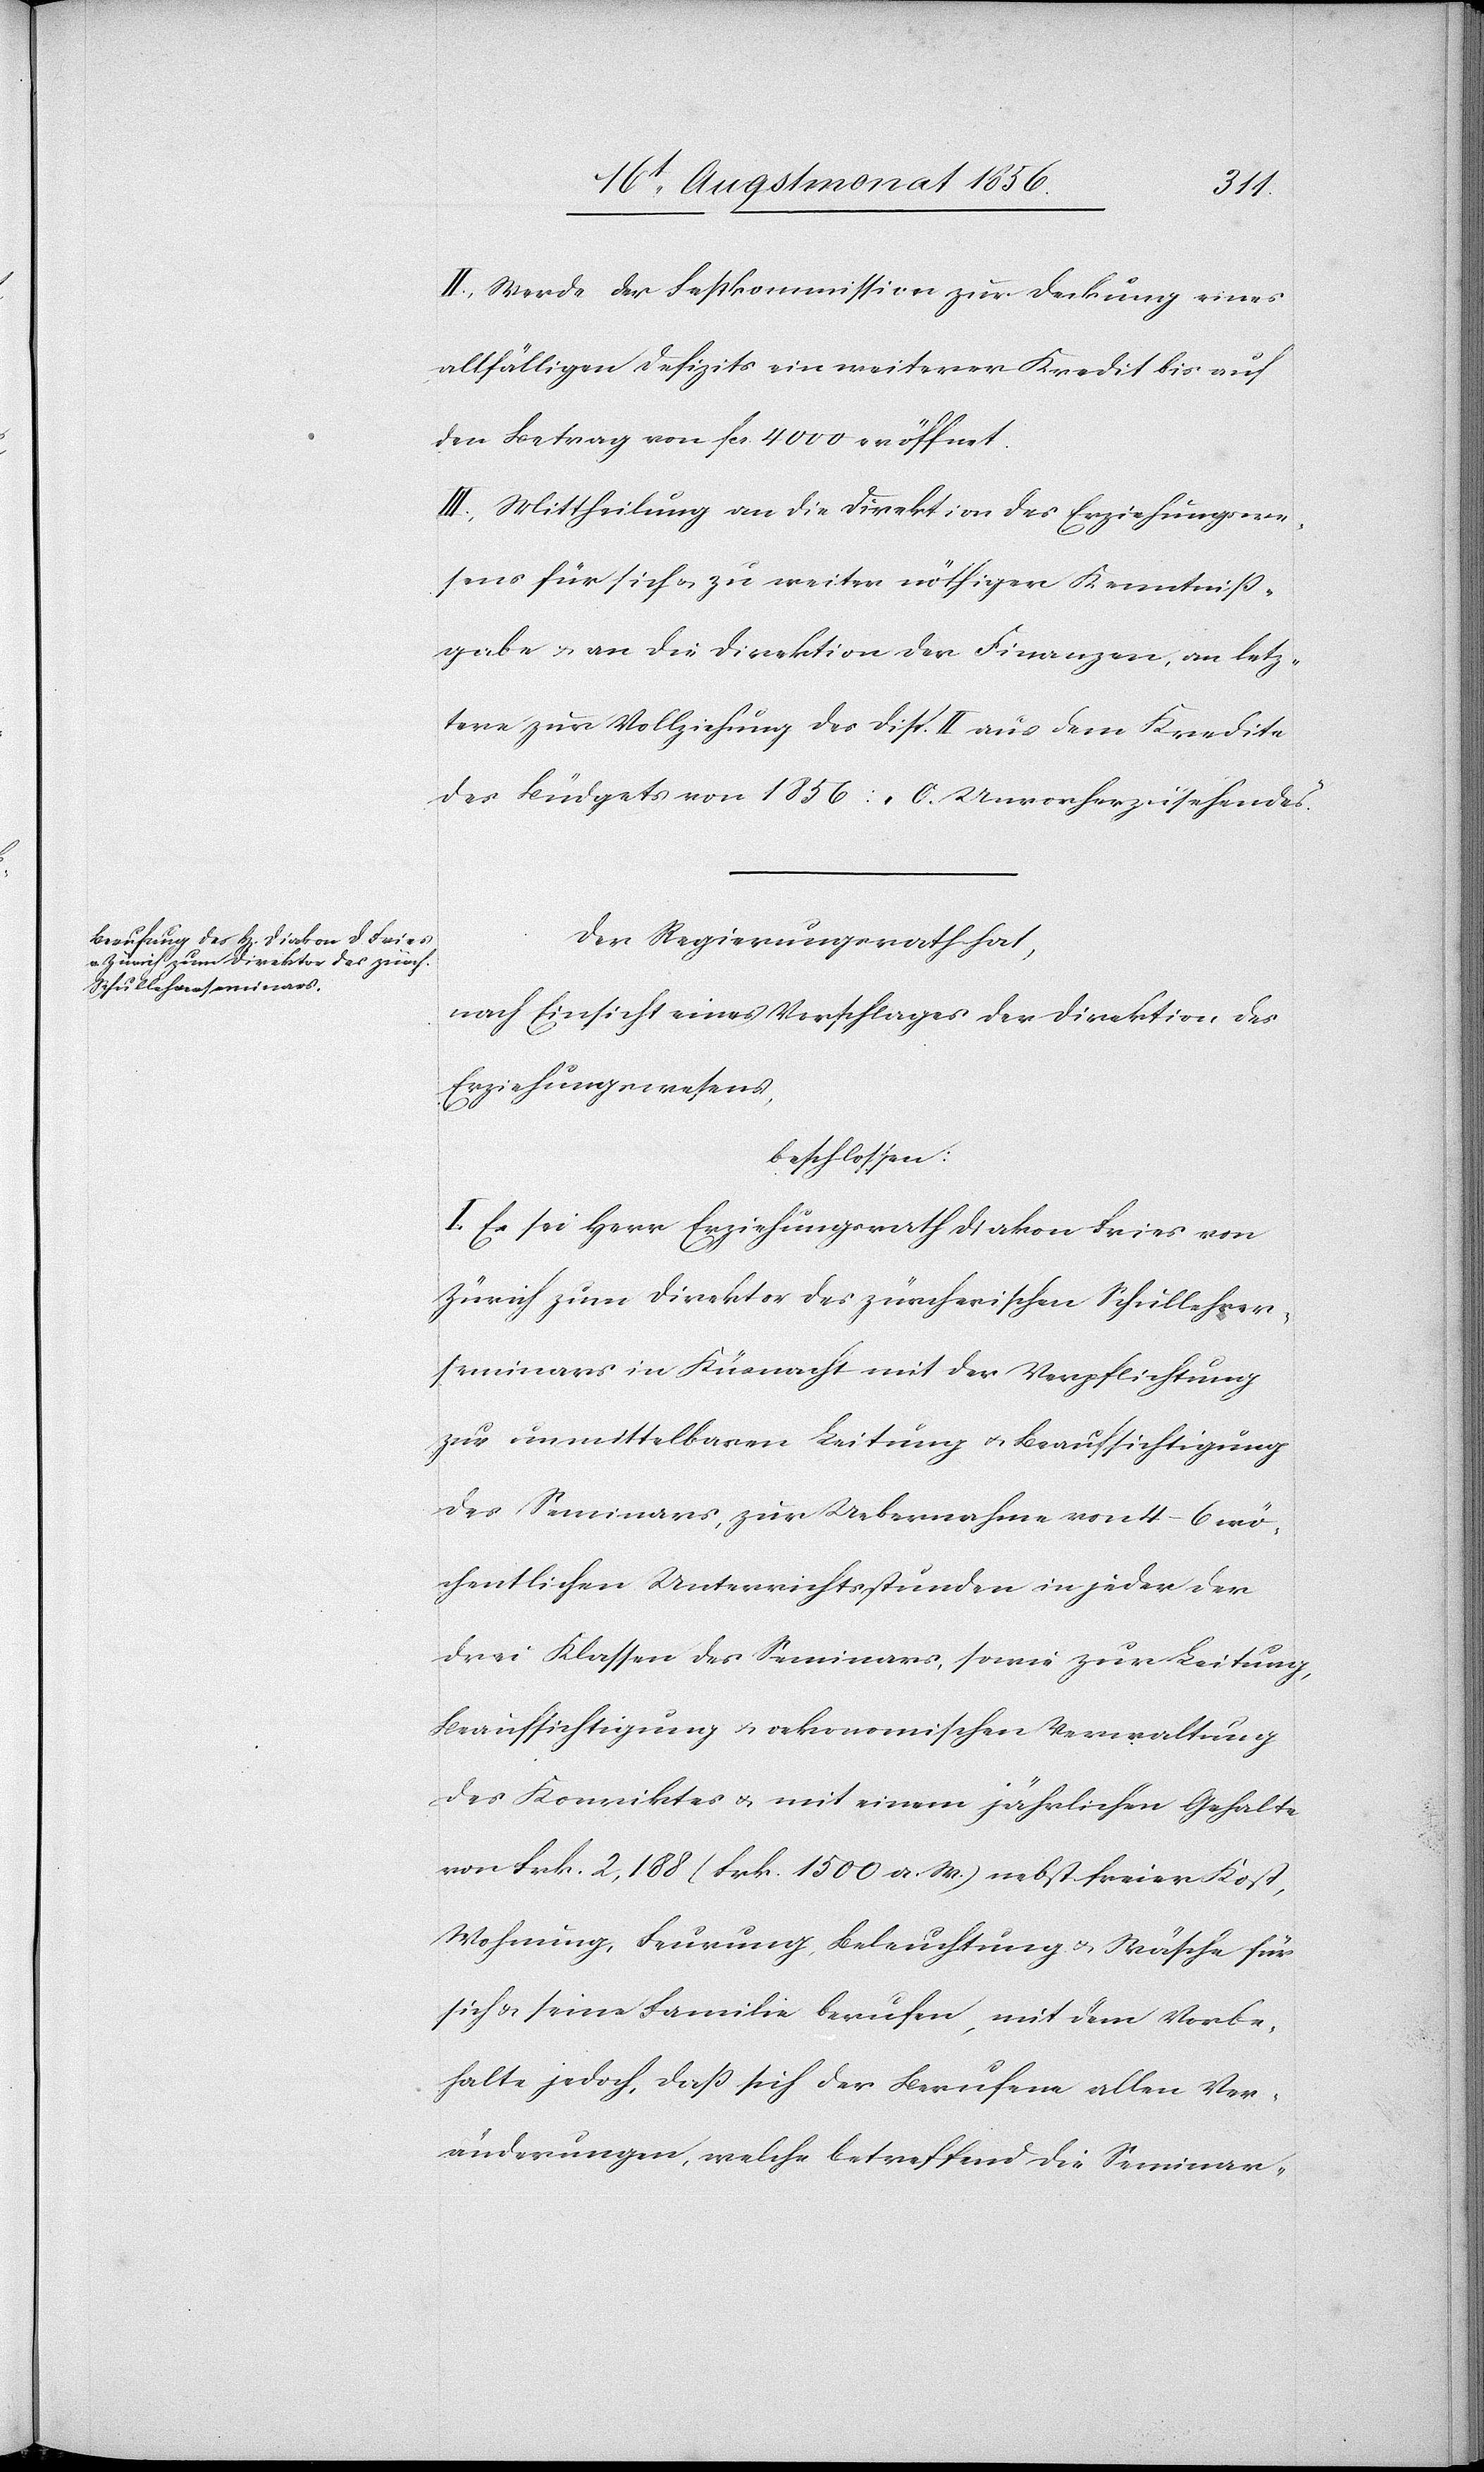
II.) Werde der Festkommission zur Deckung eines
allfälligen Defizits ein weiterer Kredit bis auf
den Betrag von fcs. 4000 eröffnet.
III.) Mittheilung an die Direktion des Erziehungswe¬
sens für sich u. zu weiter nöthiger Kenntniss¬
gabe u. an die Direktion der Finanzen, an letz¬
tere zur Vollziehung des Disp. II aus dem Kredite
des Büdgets von 1856: „[?C]. Unvorherzusehendes.”
Der Regierungsrath hat,
nach Einsicht eines Antrages der Direktion des
Erziehungswesens,
beschlossen:
I.) Es sei Herr Erziehungsrath Diakon Fries von
Zürich zum Direktor des zürcherischen Schullehrer¬
seminars in Küsnacht mit der Verpflichtung
zur unmittelbaren Leitung u. Beaufsichtigung
des Seminars, zur Uebernahme von 4–6 wö¬
chentlichen Unterrichtsstunden in jeder der
drei Klassen des Seminars, sowie zur Leitung,
Beaufsichtigung u. oekonomischen Verwaltung
des Konviktes u. mit einem jährlichen Gehalte
von Frk. 2,188. (Frk. 1500 a. W.) nebst freier Kost,
Wohnung, Feurung, Beleuchtung u. Wäsche für
sich & seine Familie berufen, mit dem Vorbe¬
halte jedoch, dass sich er Berufene allen Ver¬
änderungen, welche betreffend die Seminar-